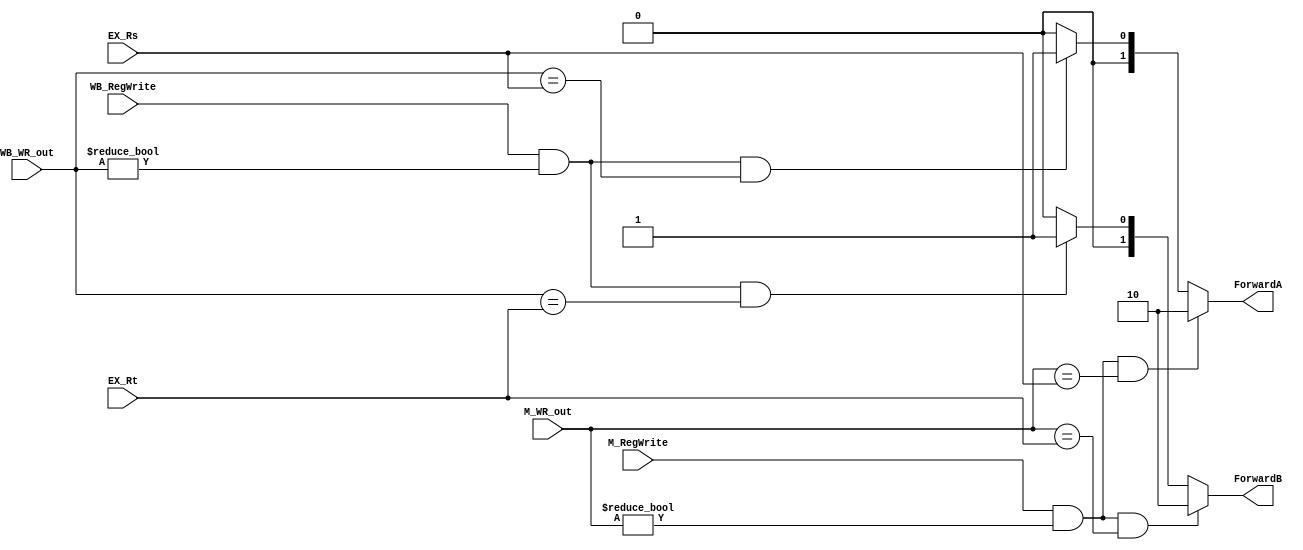
 // Forwarding Unit

module FU ( // input 
			EX_Rs,
            EX_Rt,
			M_RegWrite,
			M_WR_out,//memRegRd
			WB_RegWrite,
			WB_WR_out,//wbRegRd
			// output
			// write your code in here
			ForwardA, ForwardB
			);

	input [4:0] EX_Rs;
    input [4:0] EX_Rt;
    input M_RegWrite;
    input [4:0] M_WR_out;
    input WB_RegWrite;
    input [4:0] WB_WR_out;

	// write your code in here
	output [1:0]ForwardA, ForwardB; 	
	reg[1:0]ForwardA, ForwardB; 
    
   //Forward A 
   always@(M_RegWrite or M_WR_out or EX_Rs or WB_RegWrite or WB_WR_out) 
   begin 
      	if((M_RegWrite)&&(M_WR_out != 0)&&(M_WR_out == EX_Rs)) 
         	ForwardA = 2'b10; 	
	else if((WB_RegWrite)&&(WB_WR_out != 0)&&(WB_WR_out == EX_Rs))//&&!(M_RegWrite&&(M_WR_out != 0)&&(M_WR_out!= EX_Rs))
         	ForwardA = 2'b01; 
      	else 
         	ForwardA = 2'b00; 
   end 
 
   //Forward B 
   always@(WB_RegWrite or WB_WR_out or EX_Rt or M_WR_out or M_RegWrite) 
   begin 

	if((M_RegWrite)&&(M_WR_out != 0)&&(M_WR_out == EX_Rt)) 
         	ForwardB = 2'b10; 
	else if((WB_RegWrite)&&(WB_WR_out != 0)&&(WB_WR_out == EX_Rt))//&&!(M_RegWrite&&(M_WR_out!=0)&&(M_WR_out != EX_Rt))
         	ForwardB = 2'b01; 
      	else  
         	ForwardB = 2'b00; 
   end 
 
	
endmodule